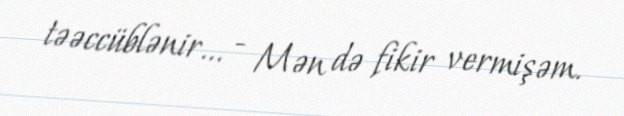
təəccüblənir... - Mən də fikir vermişəm.